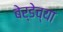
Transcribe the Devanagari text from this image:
बेर्डेच्या